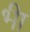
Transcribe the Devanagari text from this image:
भ्‍ीा